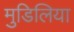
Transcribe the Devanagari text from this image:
मुडिलिया